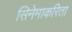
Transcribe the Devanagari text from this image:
सिनेमाकरिता